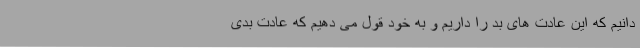
دانیم که این عادت های بد را داریم و به خود قول می دهیم که عادت بدی